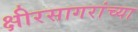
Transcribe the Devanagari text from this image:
क्षीरसागरांच्या